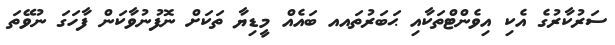
ސަރުކާރުގެ އެކި އިވެންޓްތަކާއި ޙަބަރުތައއ ބައެއް މީޑިޔާ ތަކަށް ނޮފުނުވާކަން ފާހަގަ ނުވޭތަ